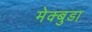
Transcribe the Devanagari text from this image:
मेक्बुडा